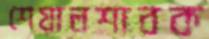
শেয়ালশাবক